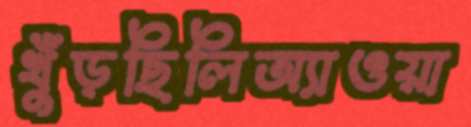
খুঁড়ছিলিঅ্যাওয়া